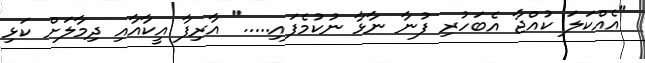
"އެއްކަލަ ކުއްޖާ އެބަހުރި ފުނާ ނާޅާ ނުކުމެފައި....." އާރިފާ އީކާއާއި ދިމާލަށް ކަޅި